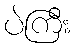
ပဲကြီး